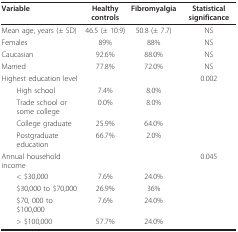
<table><thead><tr><td><b>Variable</b></td><td><b>Healthy controls</b></td><td><b>Fibromyalgia</b></td><td><b>Statistical significance</b></td></tr></thead><tbody><tr><td>Mean age, years (± SD)</td><td>46.5 (± 10.9)</td><td>50.8 (± 7.7)</td><td>NS</td></tr><tr><td>Females</td><td>89%</td><td>88%</td><td>NS</td></tr><tr><td>Caucasian</td><td>92.6%</td><td>88.0%</td><td>NS</td></tr><tr><td>Married</td><td>77.8%</td><td>72.0%</td><td>NS</td></tr><tr><td>Highest education level</td><td></td><td></td><td>0.002</td></tr><tr><td> High school</td><td>7.4%</td><td>8.0%</td><td></td></tr><tr><td> Trade school or some college</td><td>0.0%</td><td>8.0%</td><td></td></tr><tr><td> College graduate</td><td>25.9%</td><td>64.0%</td><td></td></tr><tr><td> Postgraduate education</td><td>66.7%</td><td>2.0%</td><td></td></tr><tr><td>Annual household income</td><td></td><td></td><td>0.045</td></tr><tr><td> &lt; $30,000</td><td>7.6%</td><td>24.0%</td><td></td></tr><tr><td> $30,000 to $70,000</td><td>26.9%</td><td>36%</td><td></td></tr><tr><td> $70, 000 to $100,000</td><td>7.6%</td><td>24.0%</td><td></td></tr><tr><td> &gt; $100,000</td><td>57.7%</td><td>24.0%</td><td></td></tr></tbody></table>